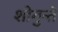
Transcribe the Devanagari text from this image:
शोगुन्ते